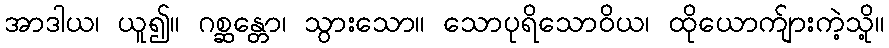
အာဒါယ၊ ယူ၍။ ဂစ္ဆန္တော၊ သွားသော။ သောပုရိသောဝိယ၊ ထိုယောက်ျားကဲ့သို့။